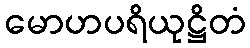
မောဟပရိယုဋ္ဌိတံ